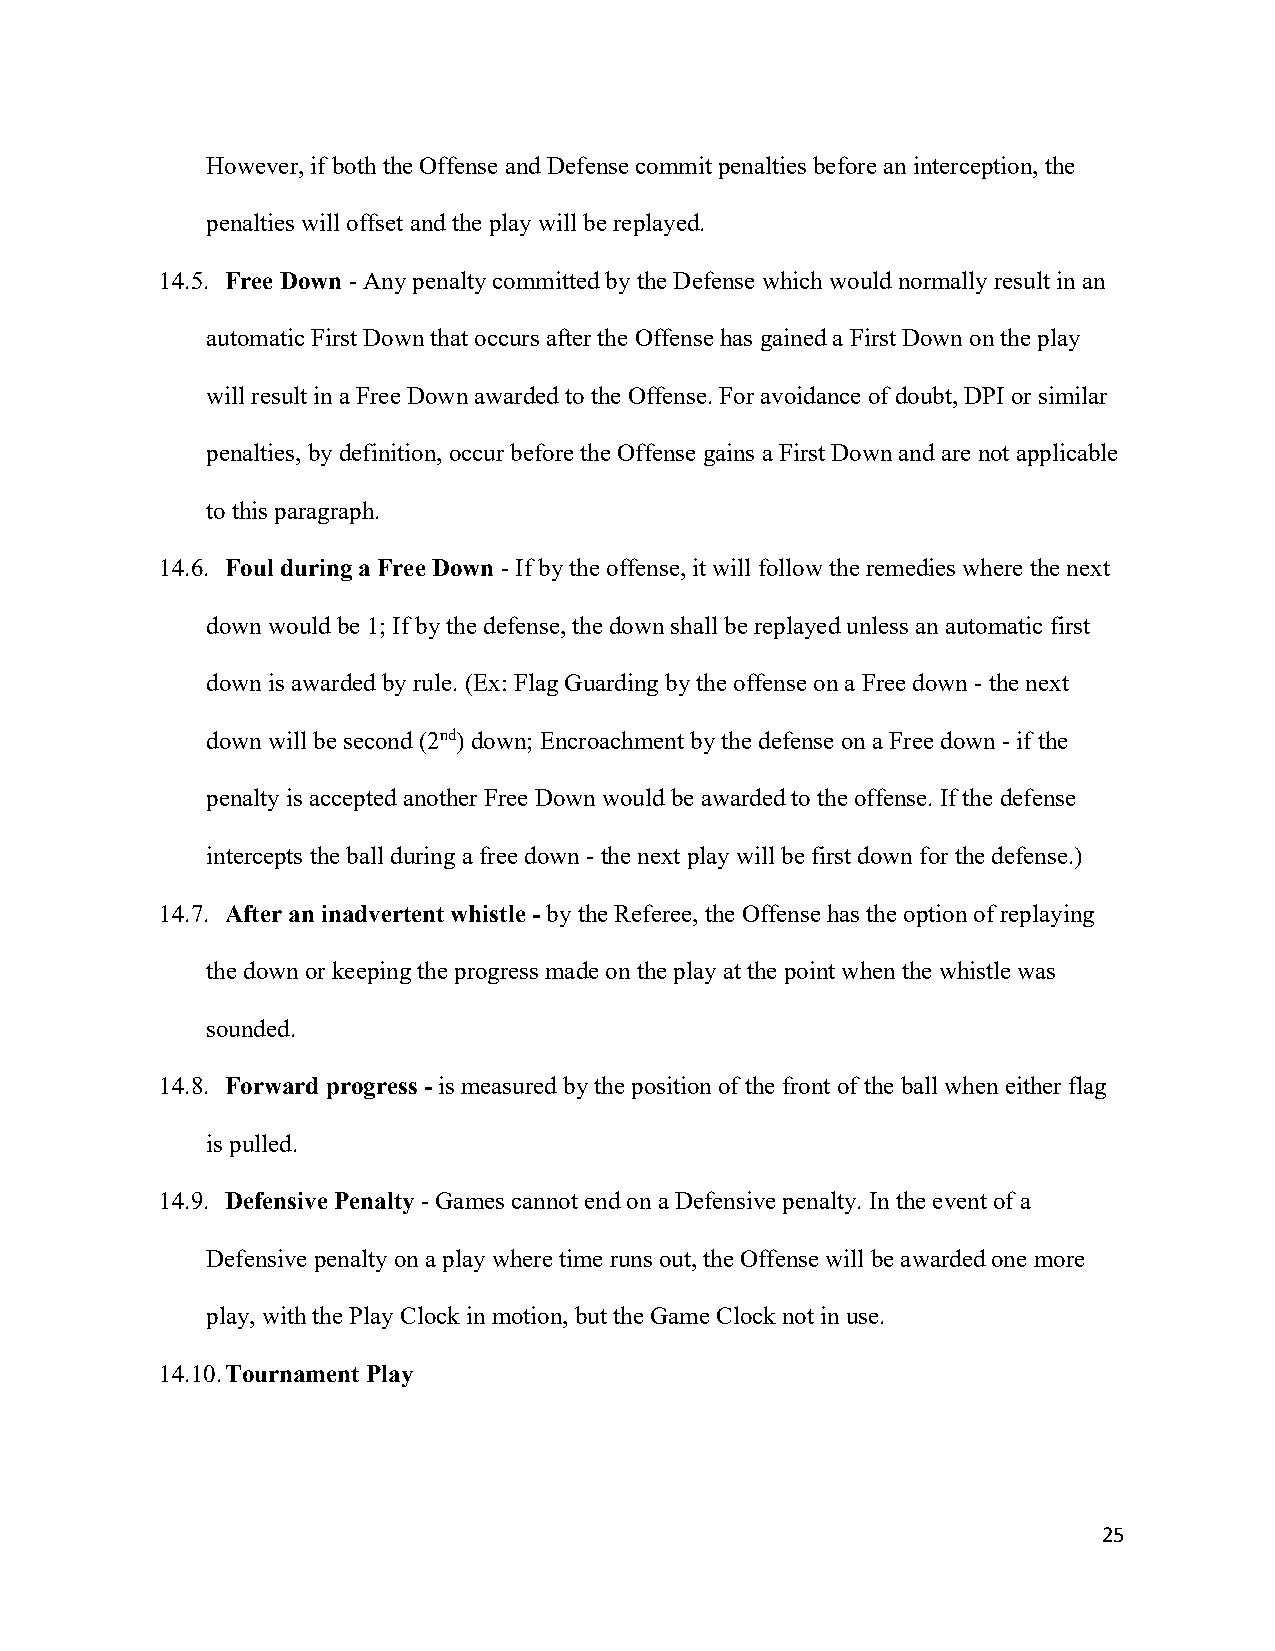
However, if both the Offense and Defense commit penalties before an interception, the
 penalties will offset and the play will be replayed.
 14.5. Free Down - Any penalty committed by the Defense which would normally result in an
 automatic First Down that occurs after the Offense has gained a First Down on the play
 will result in a Free Down awarded to the Offense. For avoidance of doubt, DPI or similar
 penalties, by definition, occur before the Offense gains a First Down and are not applicable
 to this paragraph.
 14.6. Foul during a Free Down - If by the offense, it will follow the remedies where the next
 down would be 1; If by the defense, the down shall be replayed unless an automatic first
 down is awarded by rule. (Ex: Flag Guarding by the offense on a Free down - the next
 down will be second (2nd) down; Encroachment by the defense on a Free down - if the
 penalty is accepted another Free Down would be awarded to the offense. If the defense
 intercepts the ball during a free down - the next play will be first down for the defense.)
 14.7. After an inadvertent whistle - by the Referee, the Offense has the option of replaying
 the down or keeping the progress made on the play at the point when the whistle was
 sounded.
 14.8. Forward progress - is measured by the position of the front of the ball when either flag
 is pulled.
 14.9. Defensive Penalty - Games cannot end on a Defensive penalty. In the event of a
 Defensive penalty on a play where time runs out, the Offense will be awarded one more
 play, with the Play Clock in motion, but the Game Clock not in use.
 14.10. Tournament Play
 25